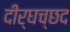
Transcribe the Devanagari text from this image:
दीर्घच्छद